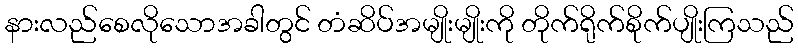
နားလည်စေလိုသောအခါတွင် တံဆိပ်အမျိုးမျိုးကို တိုက်ရိုက်စိုက်ပျိုးကြသည်